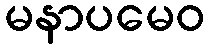
မနာပမေဝ